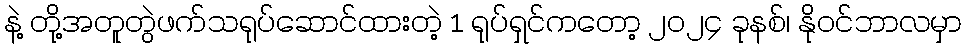
နဲ့ တို့အတူတွဲဖက်သရုပ်ဆောင်ထားတဲ့ 1 ရုပ်ရှင်ကတော့ ၂၀၂၄ ခုနစ်၊ နိုဝင်ဘာလမှာ